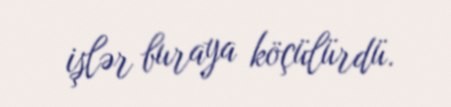
işlər buraya köçülürdü.